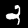
Digit: 2